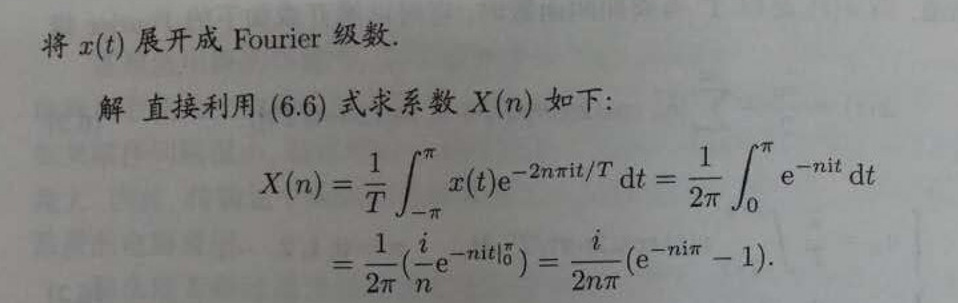
将 \(x(t)\) 展开成 Fourier 级数.

解 直接利用 \((6.6)\) 式求系数 \(X(n)\) 如下:

\[
\begin{align*}
X(n)&=\frac{1}{T}\int_{-\pi}^{\pi}x(t)\mathrm{e}^{-2n\pi\mathrm{i}t/T}\mathrm{d}t=\frac{1}{2\pi}\int_{0}^{\pi}\mathrm{e}^{-n\mathrm{i}t}\mathrm{d}t\\
&=\frac{1}{2\pi}(\frac{i}{n}\mathrm{e}^{-n\mathrm{i}t}|_{0}^{\pi})=\frac{i}{2n\pi}(\mathrm{e}^{-n\mathrm{i}\pi}-1).
\end{align*}
\]